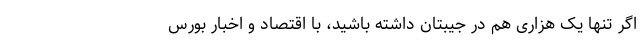
اگر تنها یک هزاری هم در جیبتان داشته باشید، با اقتصاد و اخبار بورس